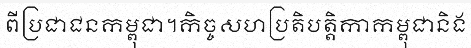
ពីប្រជាជនកម្ពុជា។កិច្ចសហប្រតិបត្តិកាកម្ពុជានិង